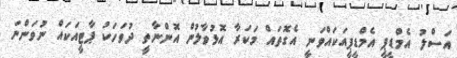
އަސްލު އެމްޑީޕީ އެމްޑީޕީއަކައްވަނީ އެގޮތައް މަކަރާ އޮޅުވާލުން އޮންނާތީ ދުވަހަކު ޕާޓީއަކައް ނުވަންނަ